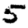
Digit: 5